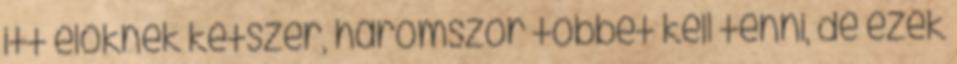
itt élőknek kétszer, háromszor többet kell tenni, de ezek